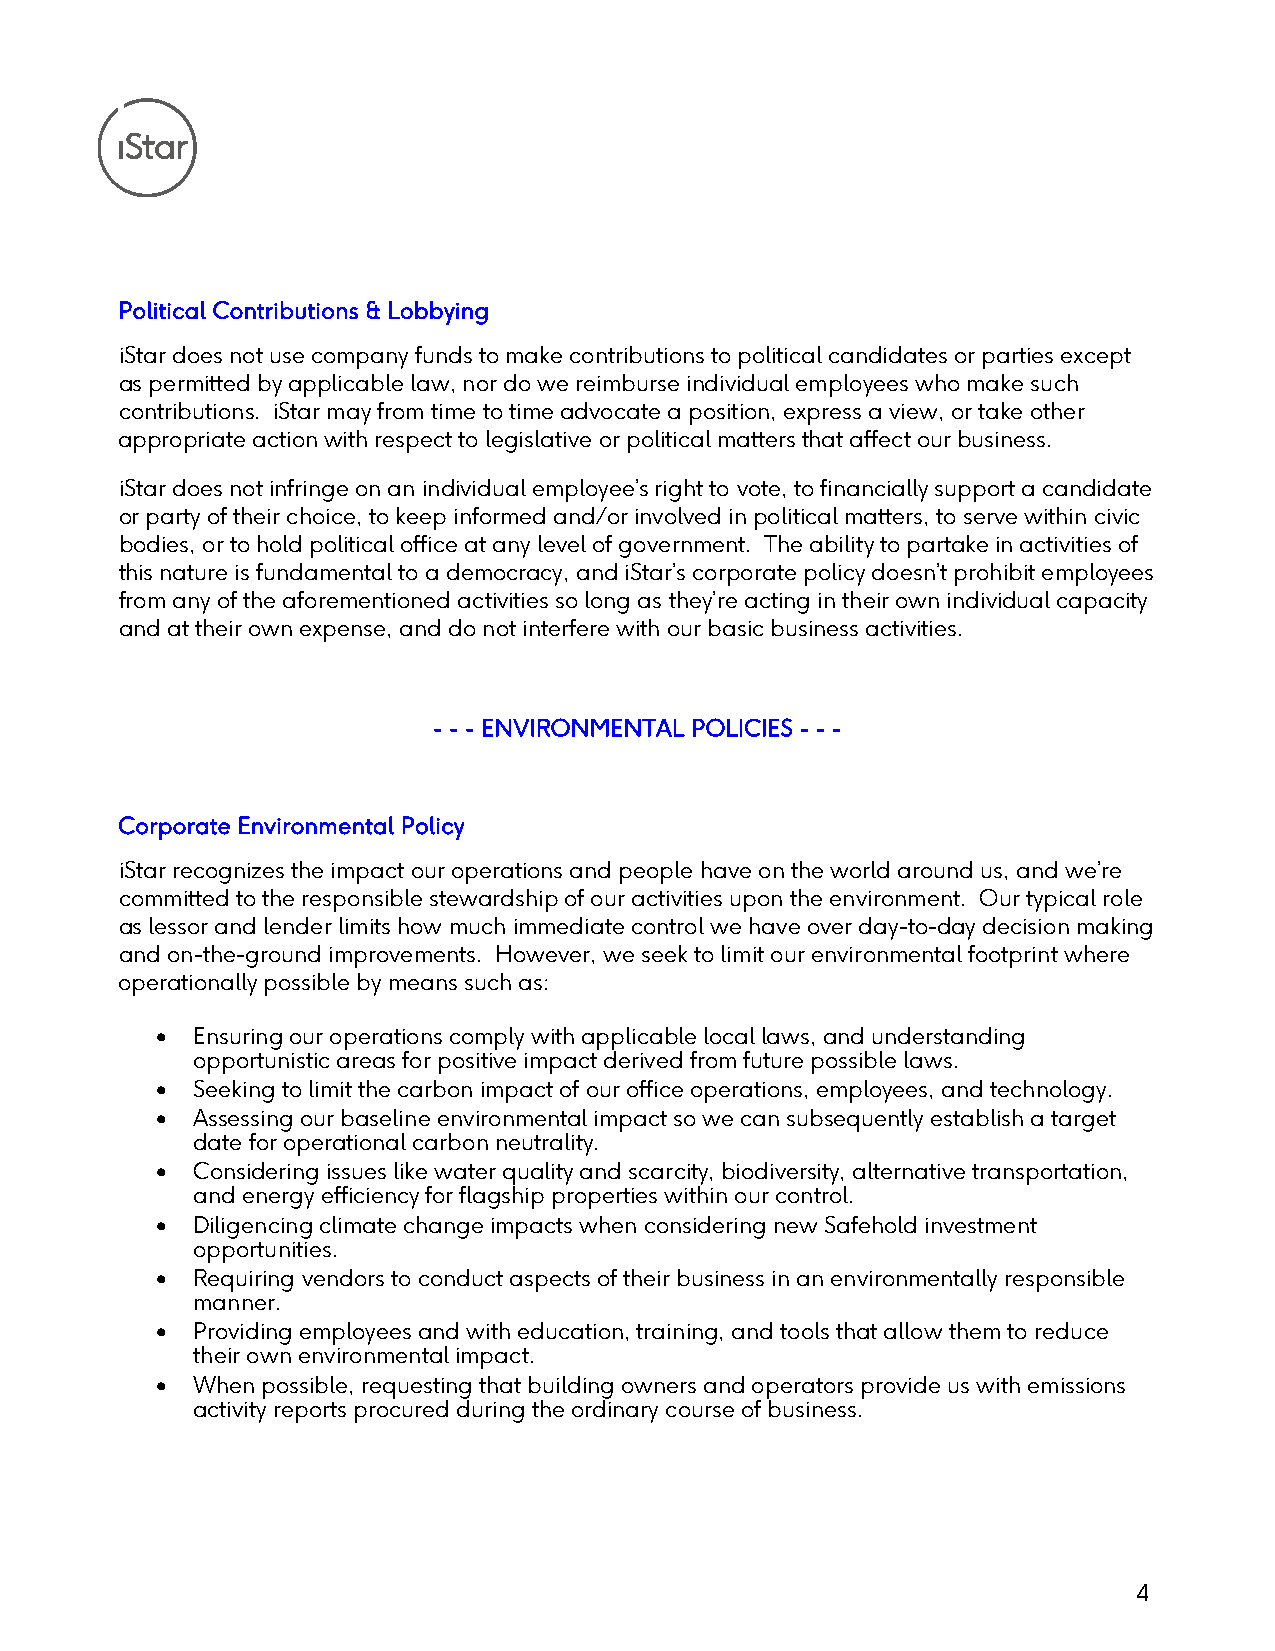
Political Contributions & Lobbying
 iStar does not use company funds to make contributions to political candidates or parties except
 as permitted by applicable law, nor do we reimburse individual employees who make such
 contributions. iStar may from time to time advocate a position, express a view, or take other
 appropriate action with respect to legislative or political matters that affect our business.
 iStar does not infringe on an individual employee’s right to vote, to financially support a candidate
 or party of their choice, to keep informed and/or involved in political matters, to serve within civic
 bodies, or to hold political office at any level of government. The ability to partake in activities of
 this nature is fundamental to a democracy, and iStar’s corporate policy doesn’t prohibit employees
 from any of the aforementioned activities so long as they’re acting in their own individual capacity
 and at their own expense, and do not interfere with our basic business activities.
 - - - ENVIRONMENTAL POLICIES - - -
 Corporate Environmental Policy
 iStar recognizes the impact our operations and people have on the world around us, and we’re
 committed to the responsible stewardship of our activities upon the environment. Our typical role
 as lessor and lender limits how much immediate control we have over day-to-day decision making
 and on-the-ground improvements. However, we seek to limit our environmental footprint where
 operationally possible by means such as:
 •  Ensuring our operations comply with applicable local laws, and understanding
 opportunistic areas for positive impact derived from future possible laws.
 •  Seeking to limit the carbon impact of our office operations, employees, and technology.
 •  Assessing our baseline environmental impact so we can subsequently establish a target
 date for operational carbon neutrality.
 •  Considering issues like water quality and scarcity, biodiversity, alternative transportation,
 and energy efficiency for flagship properties within our control.
 •  Diligencing climate change impacts when considering new Safehold investment
 opportunities.
 •  Requiring vendors to conduct aspects of their business in an environmentally responsible
 manner.
 •  Providing employees and with education, training, and tools that allow them to reduce
 their own environmental impact.
 •  When possible, requesting that building owners and operators provide us with emissions
 activity reports procured during the ordinary course of business.
 4